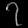
Digit: ၇